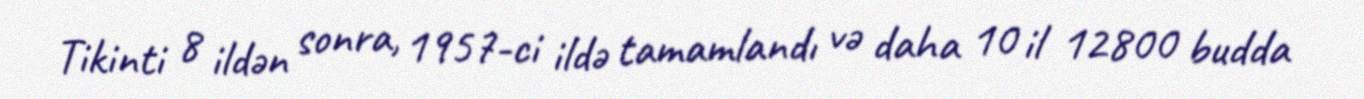
Tikinti 8 ildən sonra, 1957-ci ildə tamamlandı və daha 10 il 12800 budda